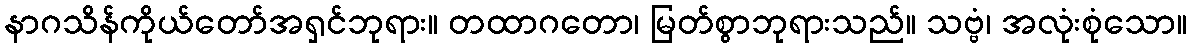
နာဂသိန်ကိုယ်တော်အရှင်ဘုရား။ တထာဂတော၊ မြတ်စွာဘုရားသည်။ သဗ္ဗံ၊ အလုံးစုံသော။